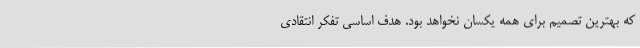
که بهترین تصمیم برای همه یکسان نخواهد بود. هدف اساسی تفکر انتقادی